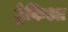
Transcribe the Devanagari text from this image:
ट्रेकिआ